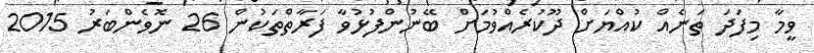
ވީމާ މިފަދަ ތަނެއް ކުއްޔަށް ދޫކުރެއްވުމަށް ބޭނުންފުޅުވާ ފަރާތްތަކުން 26 ނޮވެންބަރު 2015